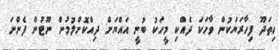
ހިތަދޫ ފިހާރަޔަކުން ވާހަކަ ދެއްކި މީހަކު ބުނީ އައްޔަށް ދިއްކޮށްލުމުން ނޫޓުން ފެންނަ